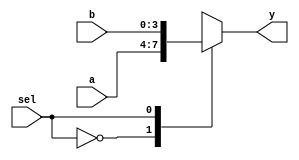
module quadruple(input [3:0]a,b,input sel,output reg [3:0]y);
always@(*)
begin
y=quad(a,b,sel);
end
function [3:0]quad(input [3:0]a,b,input sel);
begin
case(sel)
1'b0:quad=a;
1'b1:quad=b;
endcase
end
endfunction
endmodule